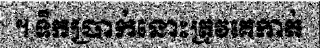
។ ទឹកប្រាក់នោះត្រូវគេកាត់